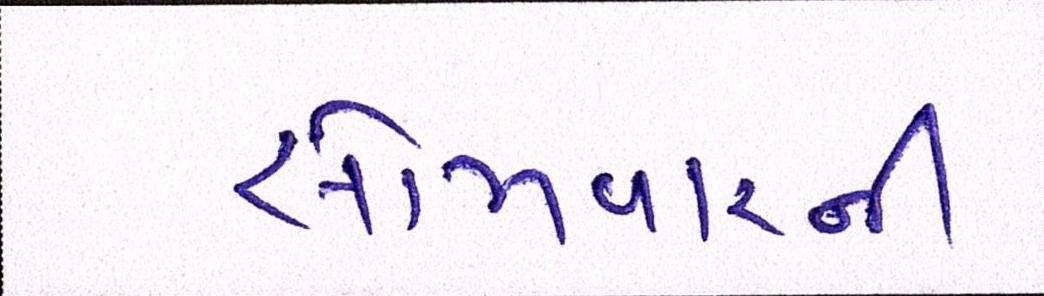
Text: સોમવારની